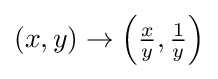
{\textstyle (x,y)\rightarrow \left({\frac {x}{y}},{\frac {1}{y}}\right)}